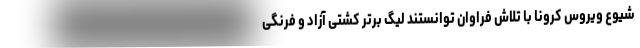
شیوع ویروس کرونا با تلاش فراوان توانستند لیگ برتر کشتی آزاد و فرنگی